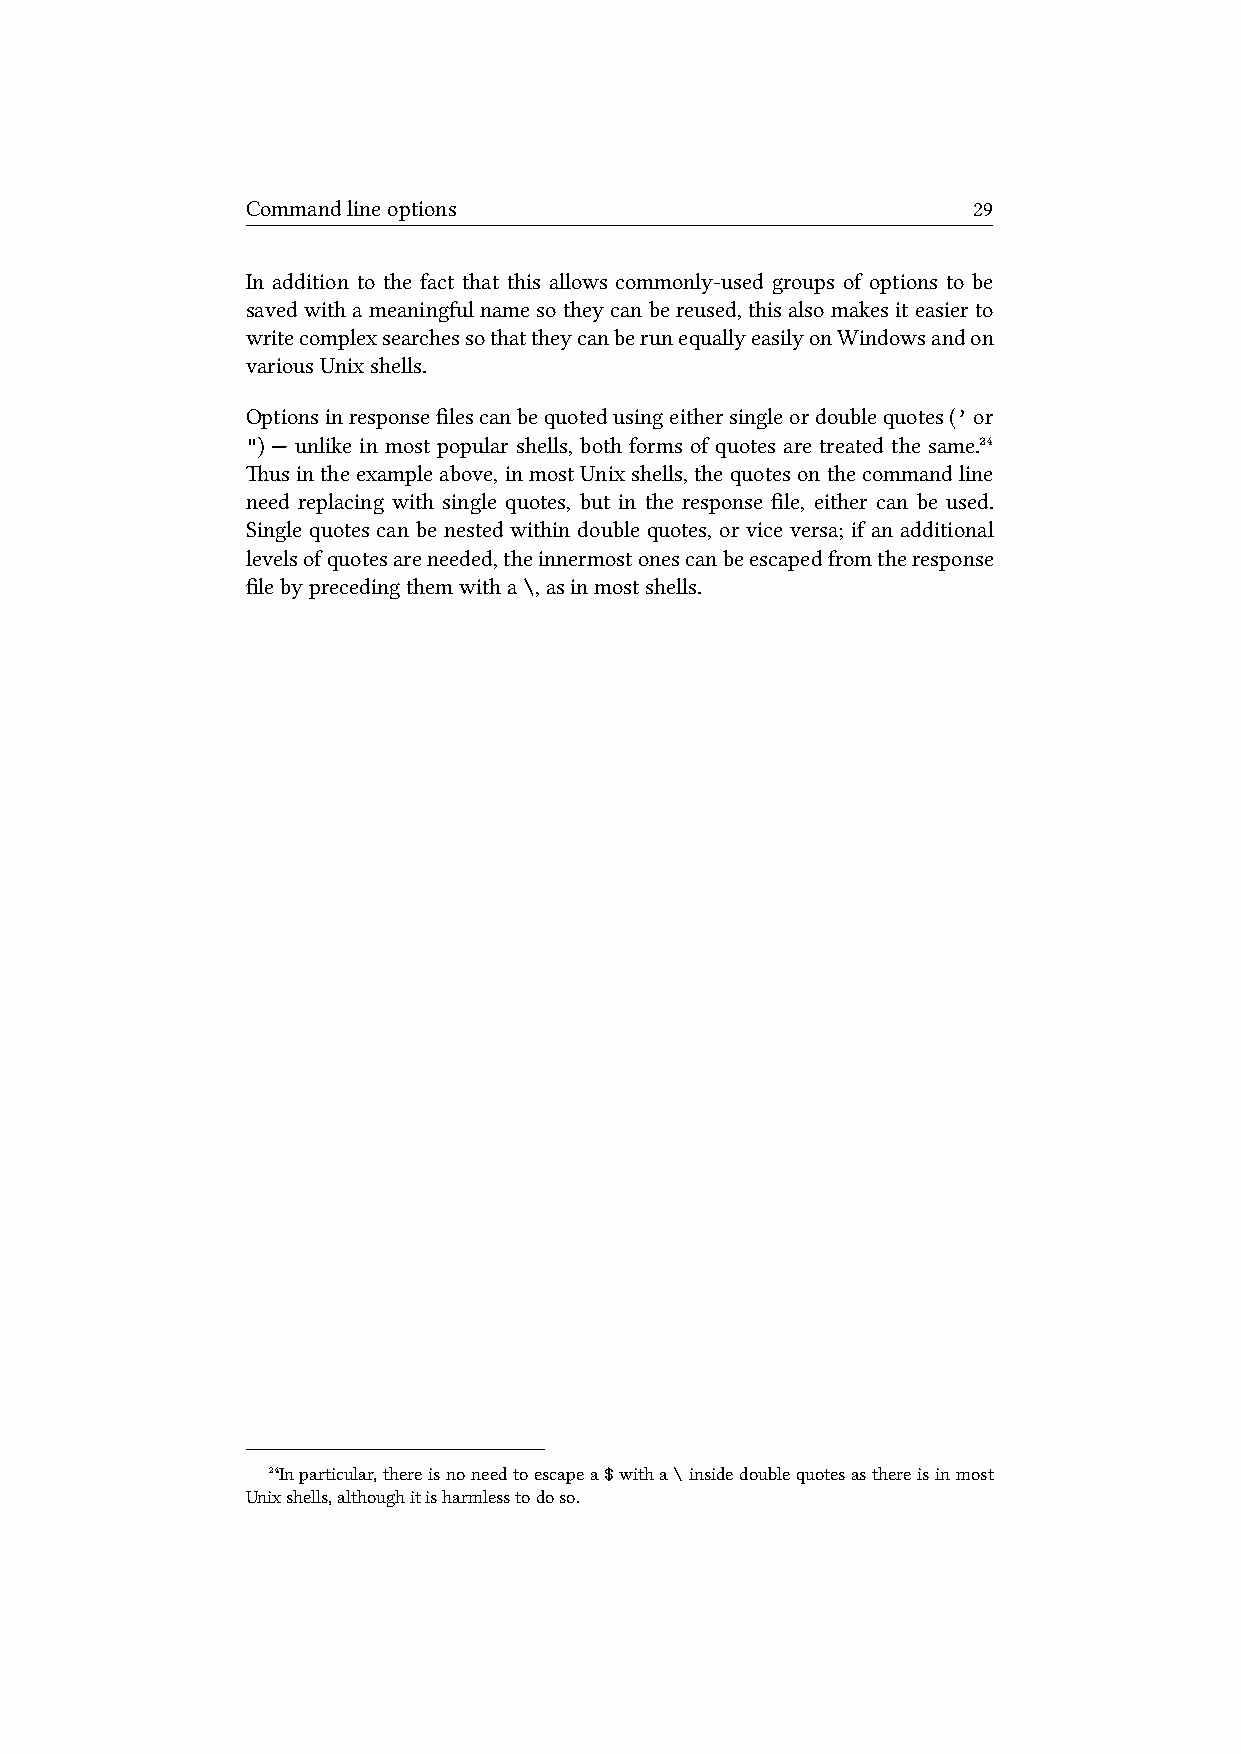
Commandlineoptions                              29
 In addition to the fact that this allows commonly-used groups of options to be
 savedwithameaningfulnamesotheycanbereused,thisalsomakesiteasierto
 writecomplexsearchessothattheycanberunequallyeasilyonWindowsandon
 variousUnixshells.
 Optionsinresponsefilescanbequotedusingeithersingleordoublequotes(’or
 ") — unlike in most popular shells, both forms of quotes are treated the same.²⁴
 usintheexampleabove, inmostUnixshells, thequotesonthecommandline
 need replacing with single quotes, but in the response file, either can be used.
 Single quotes can be nested within double quotes, or vice versa; if an additional
 levelsofquotesareneeded,theinnermostonescanbeescapedfromtheresponse
 filebyprecedingthemwitha\,asinmostshells.
 ²⁴Inparticular,thereisnoneedtoescapea$witha\insidedoublequotesasthereisinmost
 Unixshells,althoughitisharmlesstodoso.